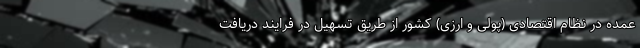
عمده در نظام اقتصادی (پولی و ارزی) کشور از طریق تسهیل در فرایند دریافت